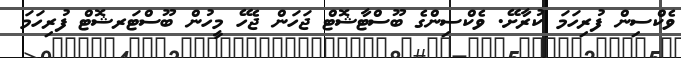
ވެކްސިން ފުރިހަމަ ކުރާށޭ. ވެކްސިންގެ ބޫސްޓާޝޮޓް ޖަހަން ޖެހޭ މީހުން ބޫސްޓަރޝޮޓް ފުރިހަމަ